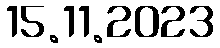
15.11.2023